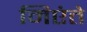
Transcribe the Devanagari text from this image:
मिएंते